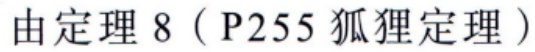
由定理 8（P255 狐狸定理）